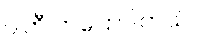
ပါတီ ကပြောပါတယ်။